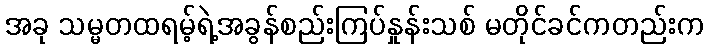
အခု သမ္မတထရမ့်ရဲ့အခွန်စည်းကြပ်နှုန်းသစ် မတိုင်ခင်ကတည်းက